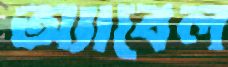
অ্যাবেল